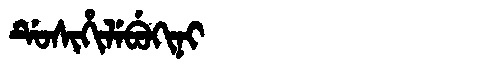
Manchu: ᡩᡠᠰᡳᡥᡳᠯᡝᠪᡠᡴᡳᠨᡳ
Romanization: DUSIHILEBUKINI